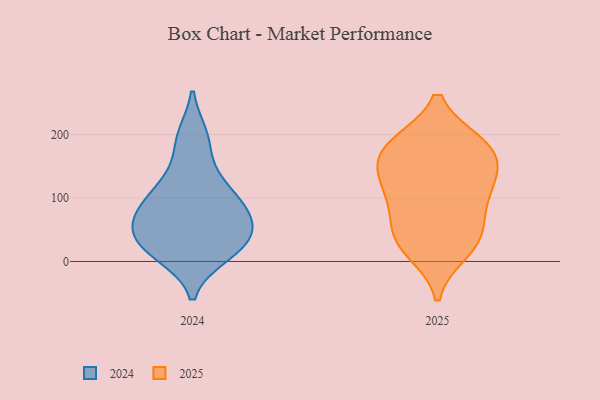
{"axis": {"x": "Inventory Turnover", "y": "Value"}, "legend": ["2024", "2025"], "data": [{"x": "", "y": 182, "type": "2025"}, {"x": "", "y": 88, "type": "2025"}, {"x": "", "y": 146, "type": "2025"}, {"x": "", "y": 184, "type": "2025"}, {"x": "", "y": 182, "type": "2025"}, {"x": "", "y": 53, "type": "2025"}, {"x": "", "y": 32, "type": "2025"}, {"x": "", "y": 120, "type": "2025"}, {"x": "", "y": 105, "type": "2025"}, {"x": "", "y": 174, "type": "2025"}, {"x": "", "y": 134, "type": "2025"}, {"x": "", "y": 17, "type": "2025"}, {"x": "", "y": 36, "type": "2025"}, {"x": "", "y": 102, "type": "2024"}, {"x": "", "y": 34, "type": "2024"}, {"x": "", "y": 99, "type": "2024"}, {"x": "", "y": 22, "type": "2024"}, {"x": "", "y": 115, "type": "2024"}, {"x": "", "y": 68, "type": "2024"}, {"x": "", "y": 197, "type": "2024"}, {"x": "", "y": 76, "type": "2024"}, {"x": "", "y": 64, "type": "2024"}, {"x": "", "y": 65, "type": "2024"}, {"x": "", "y": 15, "type": "2024"}, {"x": "", "y": 26, "type": "2024"}, {"x": "", "y": 47, "type": "2024"}, {"x": "", "y": 138, "type": "2024"}, {"x": "", "y": 192, "type": "2024"}, {"x": "", "y": 11, "type": "2024"}]}